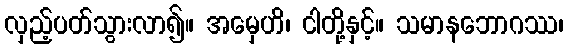
လှည့်ပတ်သွားလာ၍။ အမှေဟိ၊ ငါတို့နှင့်။ သမာနဘောဂဿ၊